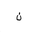
Letter: _non